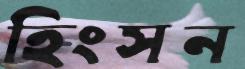
হিংসন